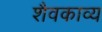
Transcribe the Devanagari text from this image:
शैवकाव्य